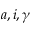
a , i , \gamma